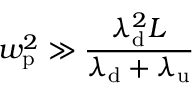
w _ { \mathrm { p } } ^ { 2 } \gg \frac { \lambda _ { \mathrm { d } } ^ { 2 } L } { \lambda _ { \mathrm { d } } + \lambda _ { \mathrm { u } } }